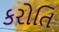
કરોતિ